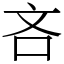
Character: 吝